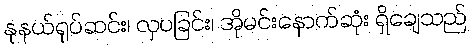
နုနယ်ရုပ်ဆင်း၊ လှပခြင်း၊ အိုမင်းနောက်ဆုံး ရှိချေသည်